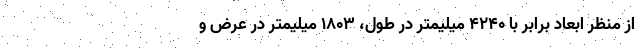
از منظر ابعاد برابر با 4240 میلیمتر در طول، 1803 میلیمتر در عرض و